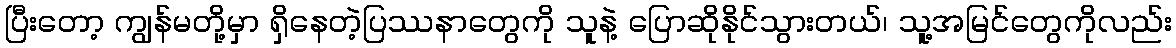
ပြီးတော့ ကျွန်မတို့မှာ ရှိနေတဲ့ပြဿနာတွေကို သူနဲ့ ပြောဆိုနိုင်သွားတယ်၊ သူ့အမြင်တွေကိုလည်း